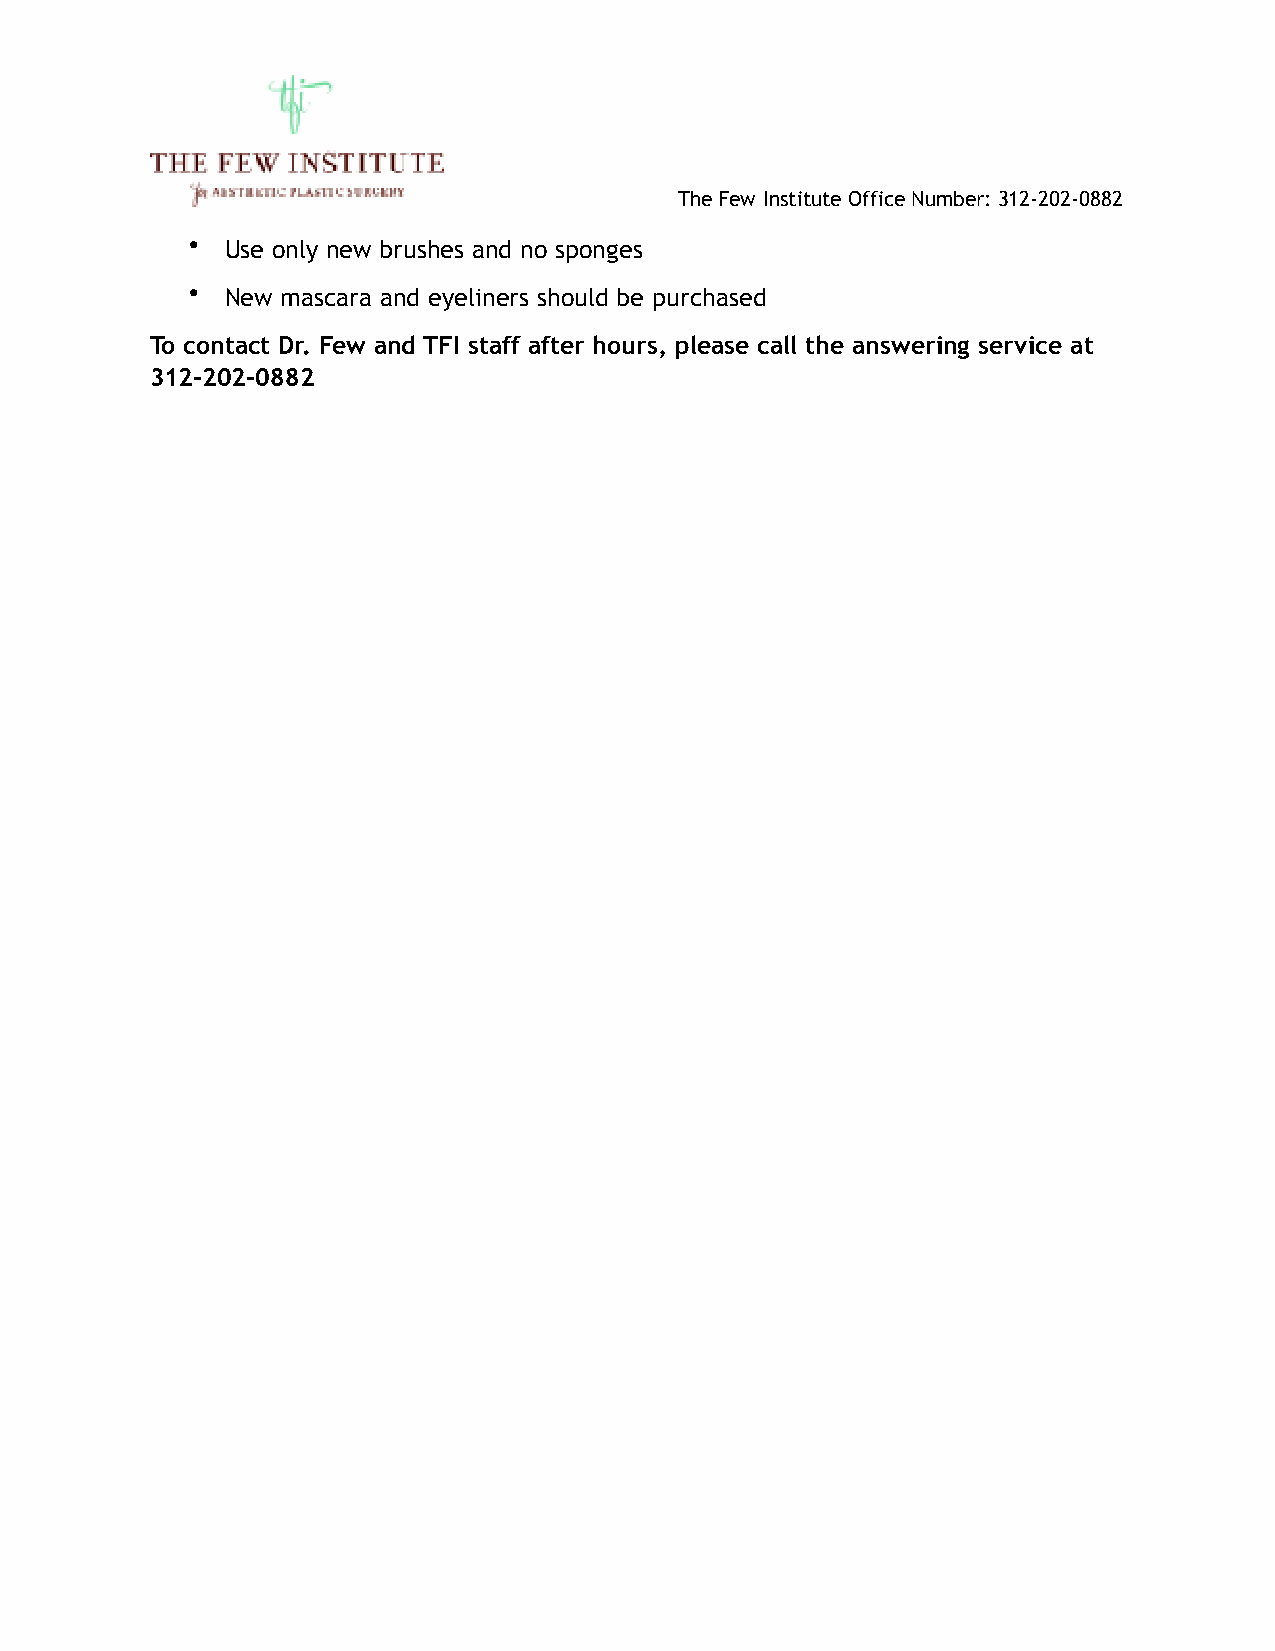
The Few Institute Office Number: 312-202-0882
 •  Use only new brushes and no sponges
 •  New mascara and eyeliners should be purchased
 To contact Dr. Few and TFI staff after hours, please call the answering service at
 312-202-0882